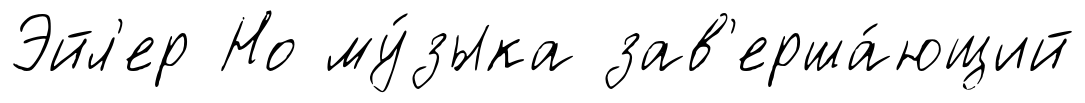
Эйл'ер Но му́зыка зав'ерша́ющий